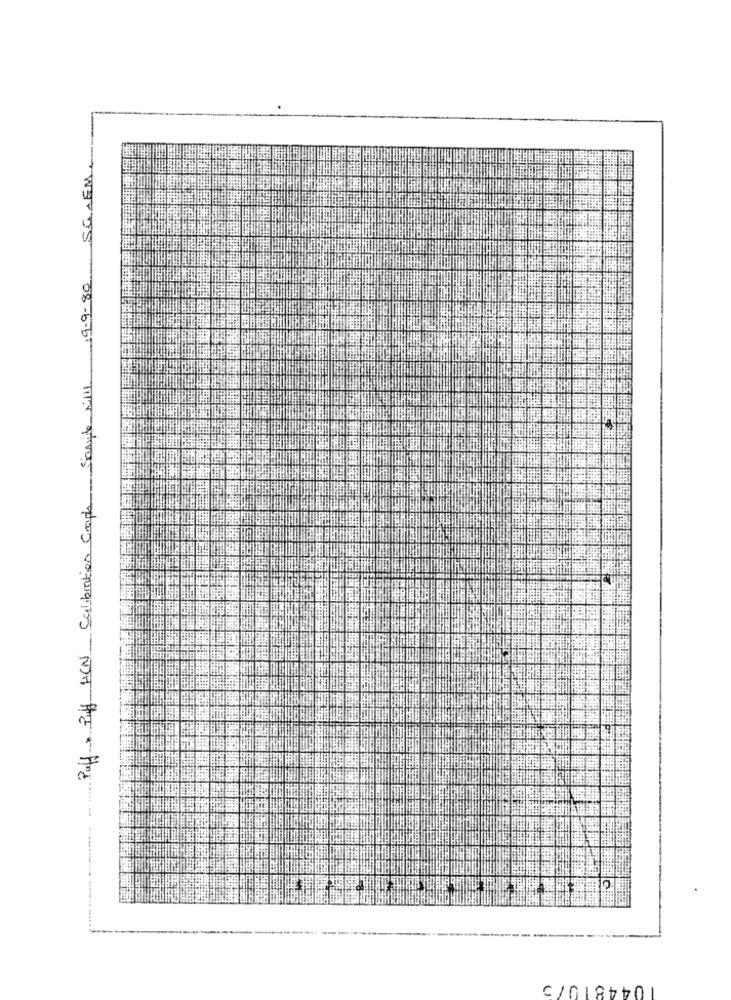
Puff Puff HCN Calibration Croph Samule will 19-9-80 SGAEM.
1044810/3